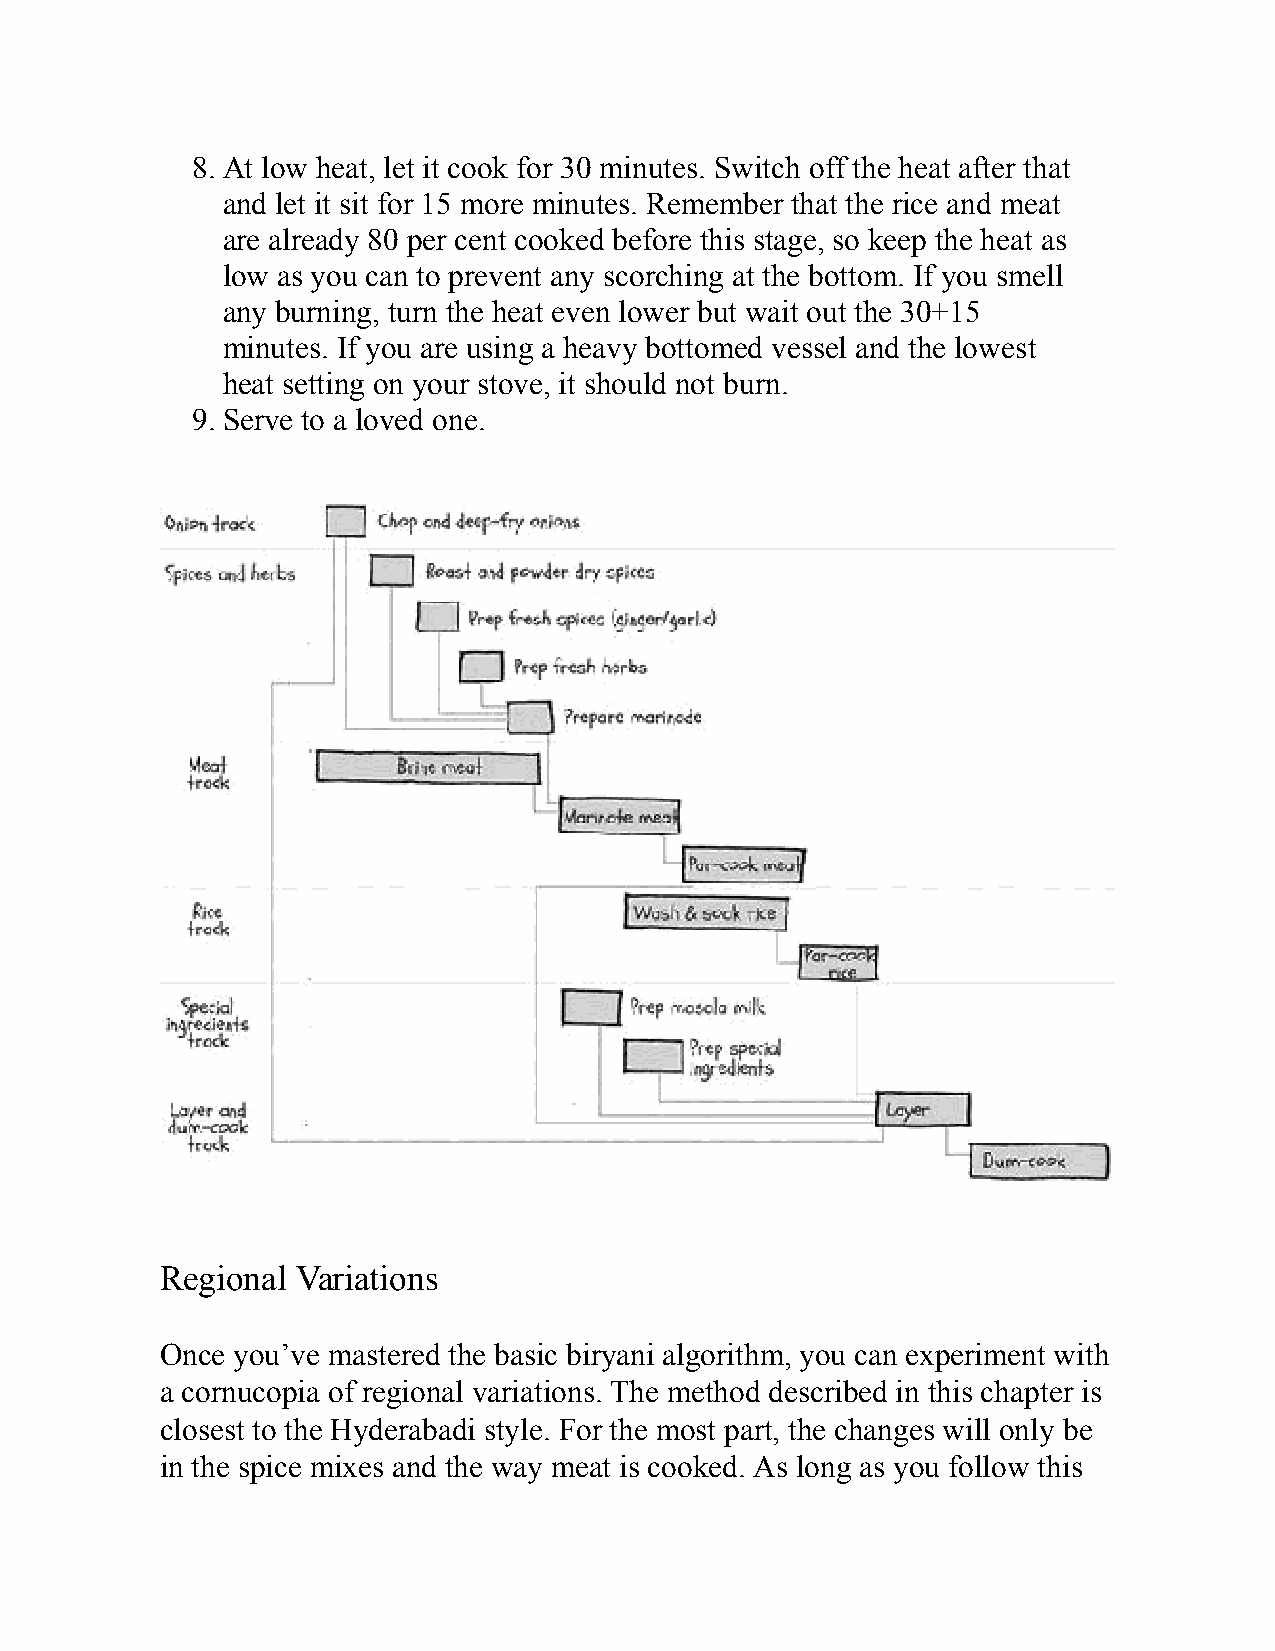
8. At low heat, let it cook for 30 minutes. Switch off the heat after that
 and let it sit for 15 more minutes. Remember that the rice and meat
 are already 80 per cent cooked before this stage, so keep the heat as
 low as you can to prevent any scorching at the bottom. If you smell
 any burning, turn the heat even lower but wait out the 30+15
 minutes. If you are using a heavy bottomed vessel and the lowest
 heat setting on your stove, it should not burn.
 9. Serve to a loved one.
 Regional Variations
 Once you’ve mastered the basic biryani algorithm, you can experiment with
 a cornucopia of regional variations. The method described in this chapter is
 closest to the Hyderabadi style. For the most part, the changes will only be
 in the spice mixes and the way meat is cooked. As long as you follow this